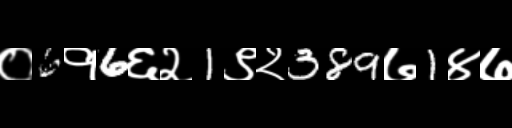
Text: ०6१6६२1९२389७1४७